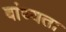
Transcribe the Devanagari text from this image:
बांध्यता